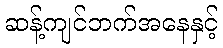
ဆန့်ကျင်ဘက်အနေနှင့်